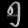
Digit: ၅